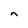
Character: n